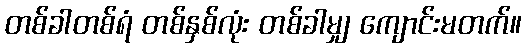
တစ်ခါတစ်ရံ တစ်နှစ်လုံး တစ်ခါမျှ ကျောင်းမတက်။